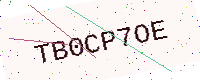
Text: TB0CP7OE